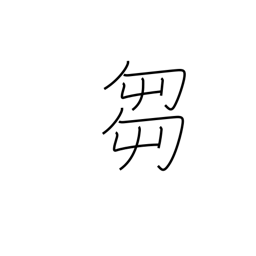
Meaning: grass cutting